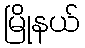
မြိုနယ်